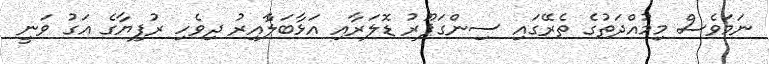
ނަމަވެސް މިމުއްްދަތުގެ ތެރޭގައި ސިންގަޕޫރު ޑޮލަރާއި އަޅާބަލާެއިރު ދިވެހި ރުފިޔާގެ އަގު ވަނީ